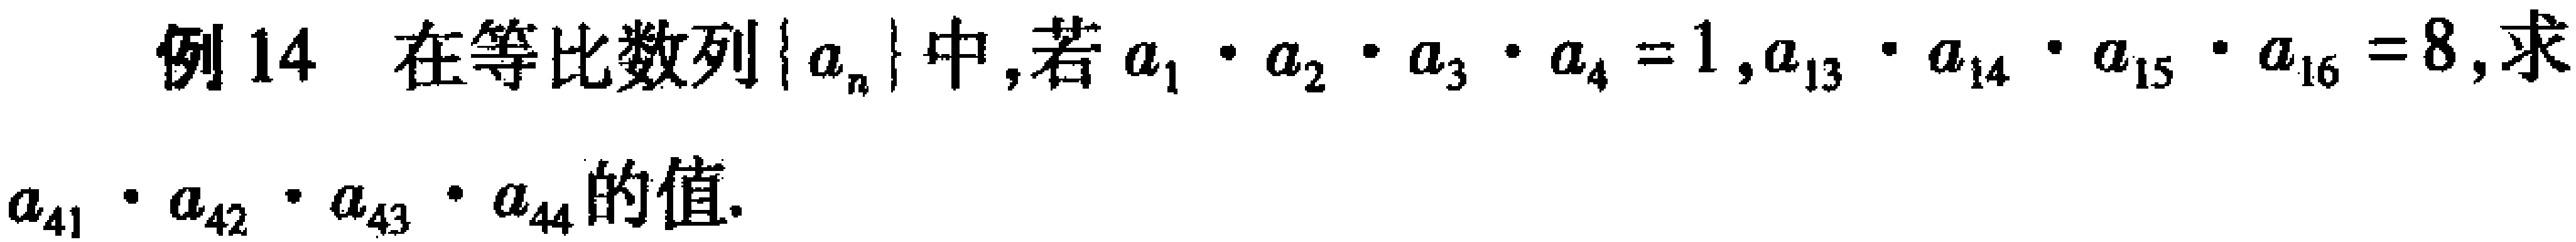
例14 在等比数列\(\{ a_{n}\}\)中，若\(a_{1}\cdot a_{2}\cdot a_{3}\cdot a_{4}=1,a_{13}\cdot a_{14}\cdot a_{15}\cdot a_{16}=8\)，求\(a_{41}\cdot a_{42}\cdot a_{43}\cdot a_{44}\)的值.